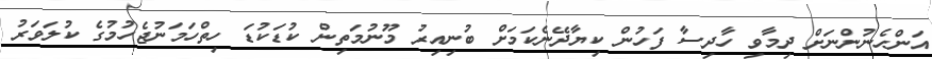
އަންހެނުންނަށް ދިމާވި ހާދިސާ ފަހުން ކިޔާދޭނެކަމަށް ބުނިއިރު މޫނުމަތިން ކުޑަކުޑަ ހިތްހަމަނުޖެހުމުގެ ކުލަވަރު